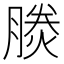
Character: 𪱪